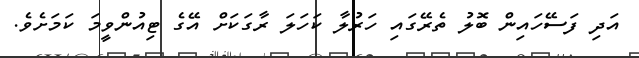
އަދި ފަސޭހައިން ބޮލު ތެރޭގައި ހަރުލާ ކަހަލަ ރާގަކަށް އޭގެ ޓިއުންވީމަ ކަމަށެވެ.